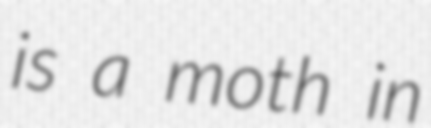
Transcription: is a moth in